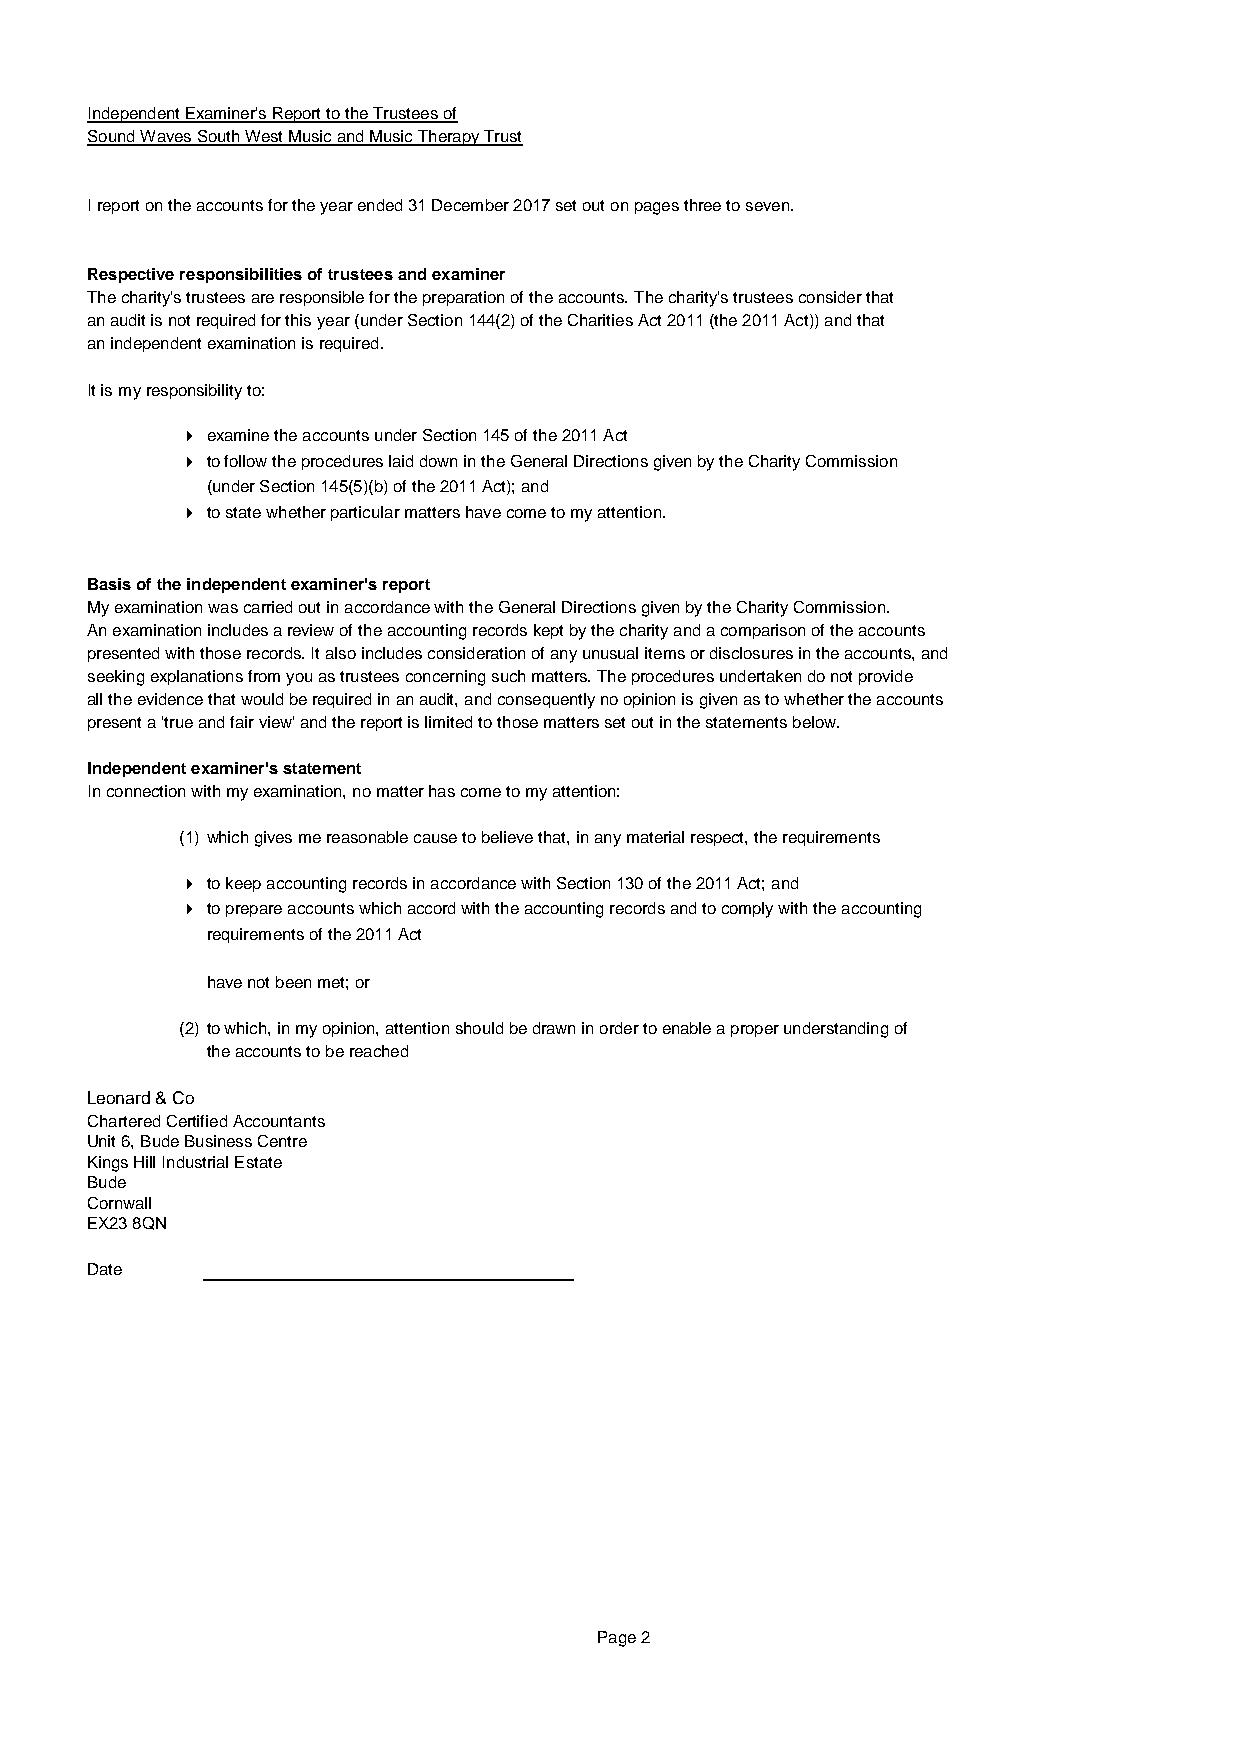
Independent Examiner's Report to the Trustees of
 Sound Waves South West Music and Music Therapy Trust
 I report on the accounts for the year ended 31 December 2017 set out on pages three to seven.
 Respective responsibilities of trustees and examiner
 The charity's trustees are responsible for the preparation of the accounts. The charity's trustees consider that
 an audit is not required for this year (under Section 144(2) of the Charities Act 2011 (the 2011 Act)) and that
 an independent examination is required.
 It is my responsibility to:
 4 examine the accounts under Section 145 of the 2011 Act
 4 to follow the procedures laid down in the General Directions given by the Charity Commission
 (under Section 145(5)(b) of the 2011 Act); and
 4 to state whether particular matters have come to my attention.
 Basis of the independent examiner's report
 My examination was carried out in accordance with the General Directions given by the Charity Commission.
 An examination includes a review of the accounting records kept by the charity and a comparison of the accounts
 presented with those records. It also includes consideration of any unusual items or disclosures in the accounts, and
 seeking explanations from you as trustees concerning such matters. The procedures undertaken do not provide
 all the evidence that would be required in an audit, and consequently no opinion is given as to whether the accounts
 present a 'true and fair view' and the report is limited to those matters set out in the statements below.
 Independent examiner's statement
 In connection with my examination, no matter has come to my attention:
 (1) which gives me reasonable cause to believe that, in any material respect, the requirements
 4 to keep accounting records in accordance with Section 130 of the 2011 Act; and
 4 to prepare accounts which accord with the accounting records and to comply with the accounting
 requirements of the 2011 Act
 have not been met; or
 (2) to which, in my opinion, attention should be drawn in order to enable a proper understanding of
 the accounts to be reached
 Leonard & Co
 Chartered Certified Accountants
 Unit 6, Bude Business Centre
 Kings Hill Industrial Estate
 Bude
 Cornwall
 EX23 8QN
 Date
 Page 2